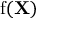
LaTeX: \operatorname { f } ( \mathbf { X } )